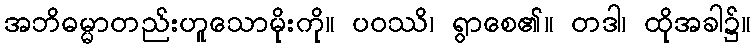
အဘိဓမ္မာတည်းဟူသောမိုးကို။ ပဝဿိ၊ ရွာစေ၏။ တဒါ၊ ထိုအခါ၌။